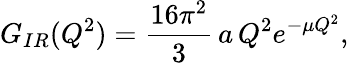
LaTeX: G_{IR}(Q^{2})={\frac{16\pi^{2}}{3}}\, a\, Q^{2}e^{-\mu Q^{2}},